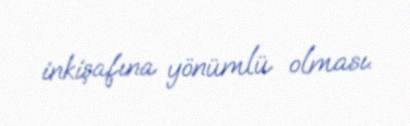
inkişafına yönümlü olması.